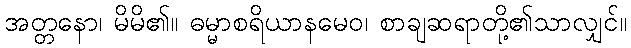
အတ္တနော၊ မိမိ၏။ ဓမ္မာစရိယာနမေဝ၊ စာချဆရာတို့၏သာလျှင်။